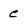
Character: C